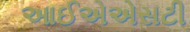
આઈએએસટી